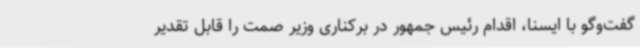
گفت‌وگو با ایسنا، اقدام رئیس جمهور در برکناری وزیر صمت را قابل تقدیر